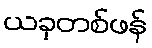
ယခုတစ်ဖန်